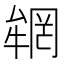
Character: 𠬏